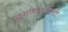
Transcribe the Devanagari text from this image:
भ्रमणध्वनीची